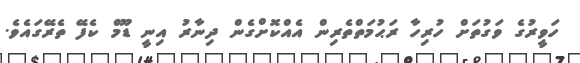
ހަވީރުގެ ވަގުތަށް ހުރިހާ ރަޙުމަތްތެރިން އެއްކޮށްގެން ދިނާރު އިނީ ޑޫމް ކެފޭ ތެރޭގައެވެ.